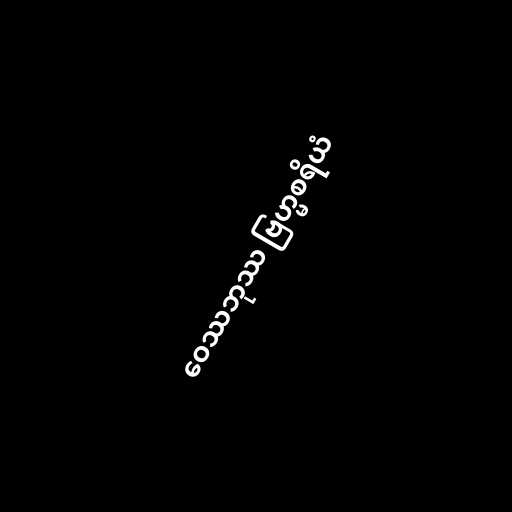
ဝေဿဘုဿ ဗြဟ္မစရိယံ